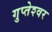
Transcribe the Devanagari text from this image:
गुप्‍तेश्‍वर